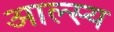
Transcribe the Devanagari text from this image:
आल्स्य